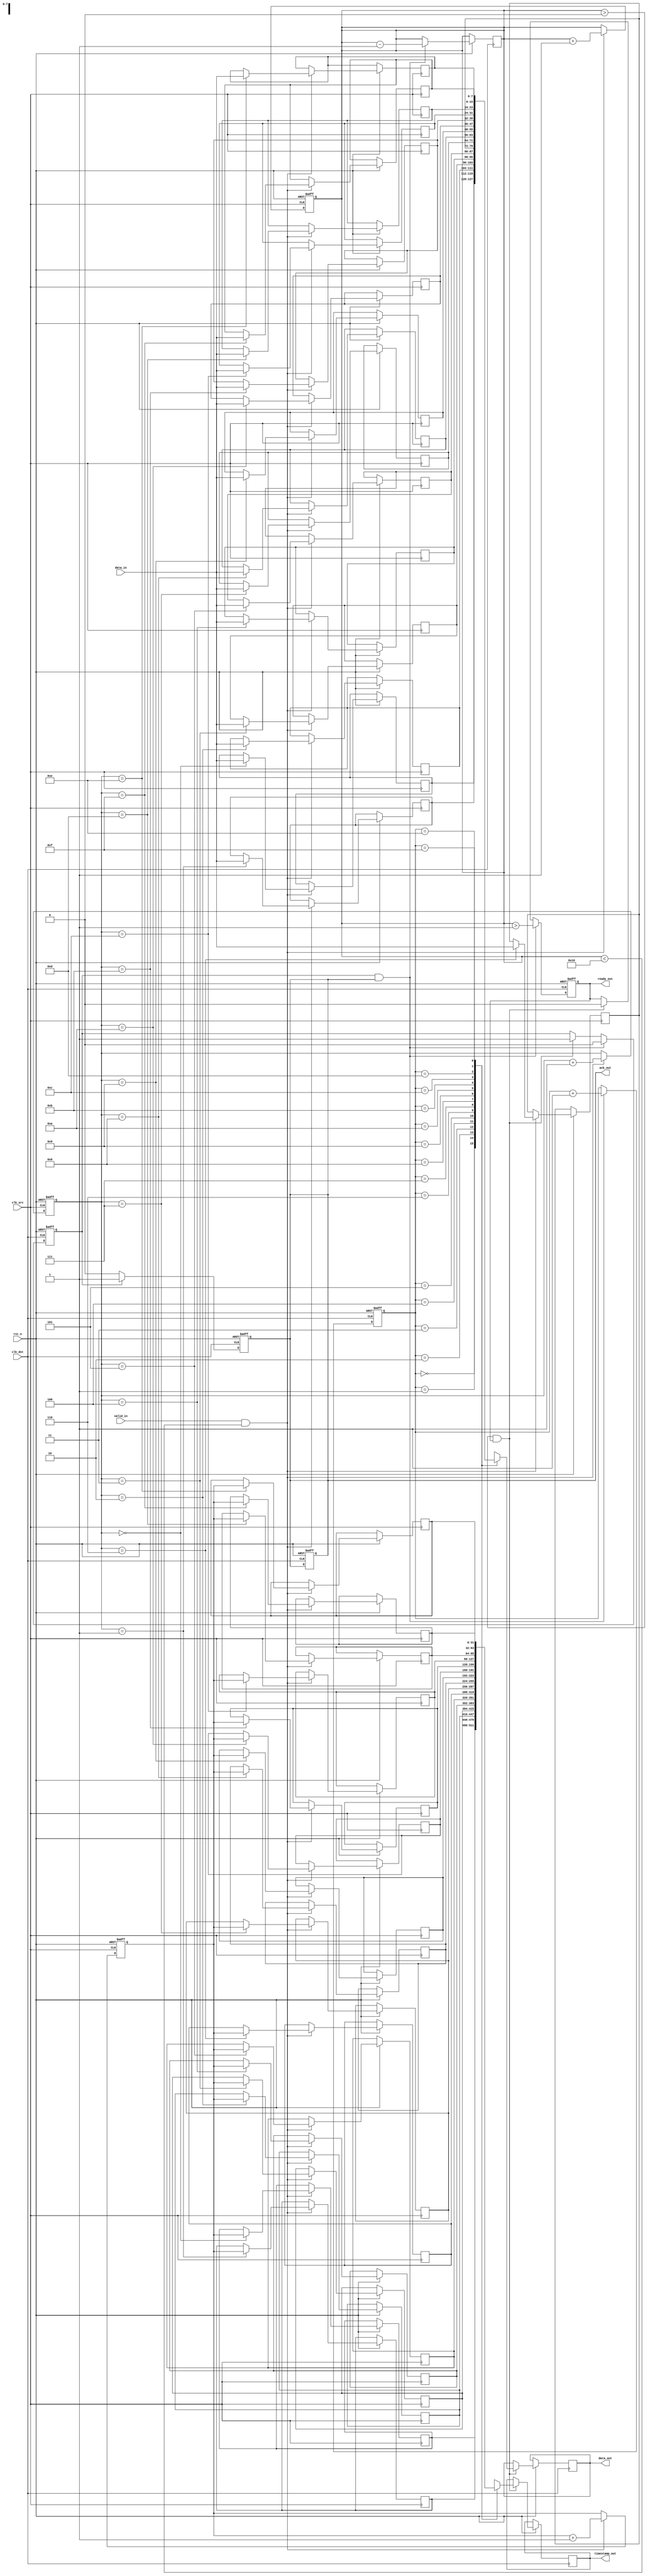
module time_stamped_synchronizer #(
    parameter DATA_WIDTH = 8,           // Width of the data
    parameter TIMESTAMP_WIDTH = 32,      // Width of the timestamp
    parameter FIFO_DEPTH = 16             // Depth of the FIFO
)(
    input wire clk_src,                   // Source clock
    input wire clk_dst,                   // Destination clock
    input wire rst_n,                     // Active low reset
    input wire [DATA_WIDTH-1:0] data_in, // Data input
    input wire valid_in,                  // Valid data signal
    output reg ready_out,                 // Ready signal for the destination
    output reg [DATA_WIDTH-1:0] data_out, // Data output
    output reg [TIMESTAMP_WIDTH-1:0] timestamp_out, // Timestamp output
    output reg ack_out                    // Acknowledgment signal
);

// FIFO buffer
reg [DATA_WIDTH-1:0] fifo_data [0:FIFO_DEPTH-1];
reg [TIMESTAMP_WIDTH-1:0] fifo_timestamp [0:FIFO_DEPTH-1];
reg [3:0] fifo_w_ptr;                    // Write pointer
reg [3:0] fifo_r_ptr;                    // Read pointer
reg [3:0] fifo_count;                    // FIFO count

// Timestamp counter
reg [TIMESTAMP_WIDTH-1:0] timestamp_counter;

// Handshaking signals
reg valid_fifo; // Indicates if there is valid data in the FIFO

// Synchronous write to FIFO in source clock domain
always @(posedge clk_src or negedge rst_n) begin
    if (!rst_n) begin
        fifo_w_ptr <= 0;
        fifo_count <= 0;
        timestamp_counter <= 0;
    end else if (valid_in && fifo_count < FIFO_DEPTH) begin
        fifo_data[fifo_w_ptr] <= data_in; // Store data
        fifo_timestamp[fifo_w_ptr] <= timestamp_counter; // Store timestamp
        fifo_w_ptr <= fifo_w_ptr + 1; // Increment write pointer
        fifo_count <= fifo_count + 1; // Increment FIFO count
        timestamp_counter <= timestamp_counter + 1; // Increment timestamp
    end
end

// Control signals for reading from FIFO in destination clock domain
always @(posedge clk_dst or negedge rst_n) begin
    if (!rst_n) begin
        fifo_r_ptr <= 0;
        ready_out <= 1; // Initially ready to receive
        ack_out <= 0; // No acknowledgment
        valid_fifo <= 0; // No valid data
    end else begin
        if (fifo_count > 0 && ready_out) begin
            data_out <= fifo_data[fifo_r_ptr]; // Read data from FIFO
            timestamp_out <= fifo_timestamp[fifo_r_ptr]; // Read timestamp
            valid_fifo <= 1; // Set valid signal
            ready_out <= 0; // Not ready until data is acknowledged
        end
        if (valid_fifo && ack_out) begin
            fifo_r_ptr <= fifo_r_ptr + 1; // Increment read pointer
            fifo_count <= fifo_count - 1; // Decrement FIFO count
            valid_fifo <= 0; // Clear valid signal
            ready_out <= (fifo_count > 1); // Update ready state
        end
    end
end

// Acknowledge signal for the destination
always @(posedge clk_dst or negedge rst_n) begin
    if (!rst_n) begin
        ack_out <= 0; // Clear acknowledge signal
    end else if (valid_fifo) begin
        ack_out <= 1; // Acknowledge receipt of valid data
    end else begin
        ack_out <= 0; // Clear acknowledge signal
    end
end

endmodule